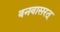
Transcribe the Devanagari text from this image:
वनवासरत्